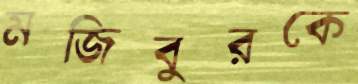
মজিবুরকে